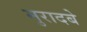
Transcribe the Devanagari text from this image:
मुरादबे